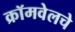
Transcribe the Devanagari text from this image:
क्रॉमवेलचे